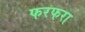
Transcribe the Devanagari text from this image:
फरफरा